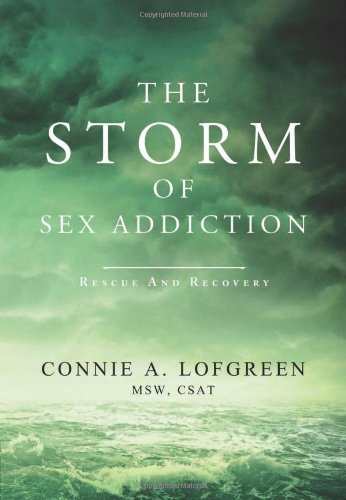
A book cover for The Storm of Sex Addiction: Rescue and Recovery; Connie A. Lofgreen; Health, Fitness & Dieting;